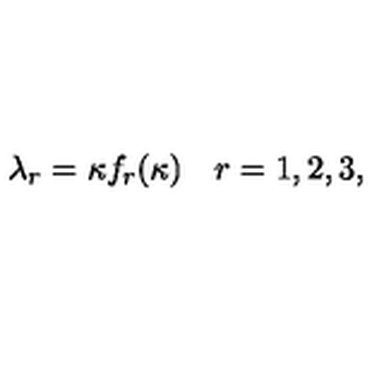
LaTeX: \lambda _ { r } = \kappa f _ { r } ( \kappa ) \quad r = 1 , 2 , 3 ,